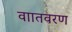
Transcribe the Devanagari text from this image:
वाातवरण